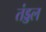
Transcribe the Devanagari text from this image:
तंड्डल